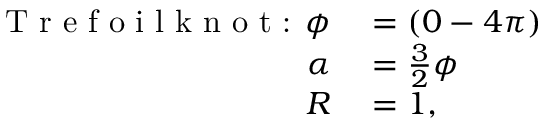
\begin{array} { r l } { \textrm { T r e f o i l k n o t : } \phi } & { { } = ( 0 - 4 \pi ) } \\ { \alpha } & { { } = \frac { 3 } { 2 } \phi } \\ { R } & { { } = 1 , } \end{array}